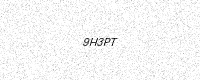
Text: 9H3PT